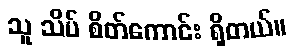
သူ သိပ် စိတ်ကောင်း ရှိတယ်။